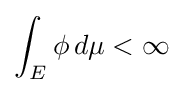
\int _{E}\phi \,d\mu <\infty